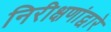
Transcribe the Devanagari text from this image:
निरीक्षणांद्वारे